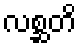
လစ္ဆတိ